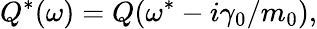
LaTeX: Q^{*}(\omega)=Q(\omega^{*}-i\gamma_{0}/m_{0}),